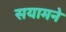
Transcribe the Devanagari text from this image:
सयामने